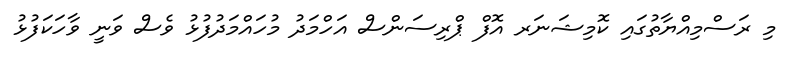
މި ރަސްމިއްޔާތުގައި ކޮމިޝަނަަރ އޮފް ޕްރިސަންސް އަހްމަދު މުހައްމަދުފުޅު ވެސް ވަނީ ވާހަކަފުޅު